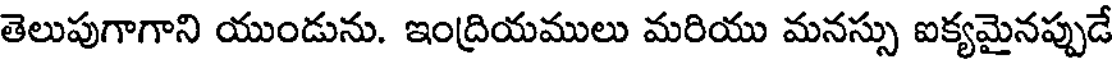
తెలుపుగాగాని యుండును. ఇంద్రియములు మరియు మనస్సు ఐక్యమైనప్పుడే